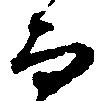
而